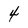
Character: 4